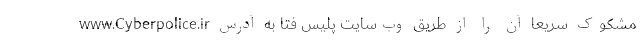
مشکوک سریعاً آن را از طریق وب‌سایت پلیس فتا به آدرس www.Cyberpolice.ir